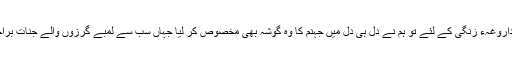
اور اُس بدہیئت داروغہء زنگی کے لئے تو ہم نے دِل ہی دِل میں جہنم کا وہ گوشہ بھی مخصوص کر لیا جہاں سب سے لمبے گرزوں والے جناّت براجمان رہتے ہیں۔